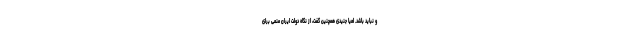
و نباید باشد. لعیا جنیدی همچنین گفت، از نگاه دولت ایران منعی برای